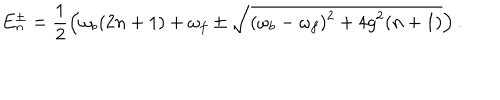
E _ { n } ^ { \pm } = \frac { 1 } { 2 } \left( \omega _ { b } ( 2 n + 1 ) + \omega _ { f } \pm \sqrt { ( \omega _ { b } - \omega _ { f } ) ^ { 2 } + 4 g ^ { 2 } ( n + 1 ) } \right) .